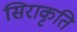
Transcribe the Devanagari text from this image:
सिराकृति